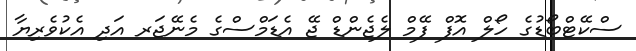
ސްކޭޓްބޯޑުގެ ހޯލް އޮފް ފޭމް ލެޖެންޑް ޖޭ އެޑަމްސްގެ މެނޭޖަރ އަދި އެކުވެރިޔާ